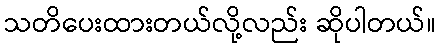
သတိပေးထားတယ်လို့လည်း ဆိုပါတယ်။